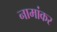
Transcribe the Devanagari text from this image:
नामांकर